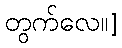
တွက်လေ။]